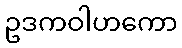
ဥဒကဝါဟကော